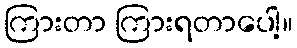
ကြားတာ ကြားရတာပေါ့။